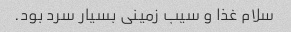
سلام غذا و سیب زمینی بسیار سرد بود.